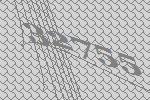
32755